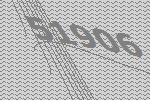
51906